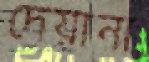
দেয়ানা